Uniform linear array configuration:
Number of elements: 48
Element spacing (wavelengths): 1
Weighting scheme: blackman
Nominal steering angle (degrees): -45
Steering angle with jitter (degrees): -45.718
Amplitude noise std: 0.05
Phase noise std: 0.05

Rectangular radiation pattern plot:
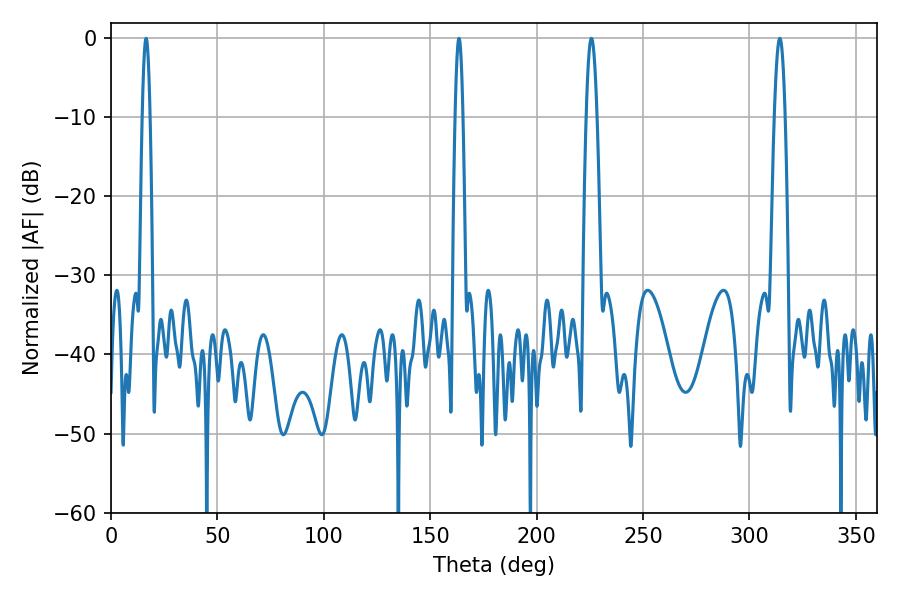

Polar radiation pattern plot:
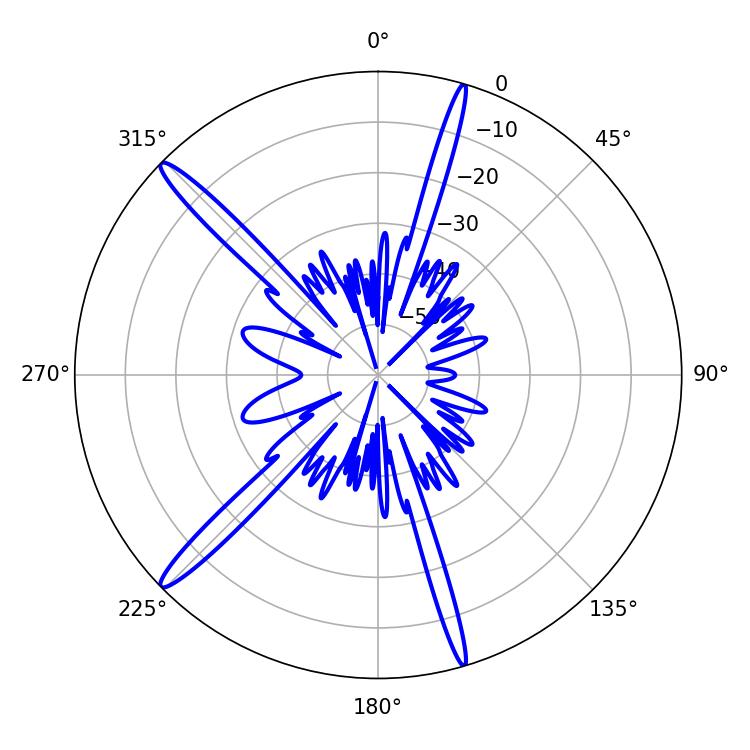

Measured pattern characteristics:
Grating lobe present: TRUE
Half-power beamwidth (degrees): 2.7
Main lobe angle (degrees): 314.28